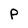
Character: P